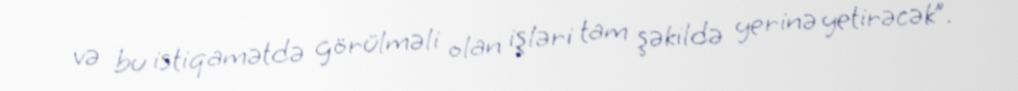
və bu istiqamətdə görülməli olan işləri tam şəkildə yerinə yetirəcək”.